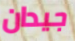
جيدان